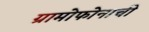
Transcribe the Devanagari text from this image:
ग्रामोफोनाची